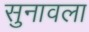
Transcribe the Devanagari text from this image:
सुनावला